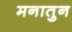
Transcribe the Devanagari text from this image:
मनातुन